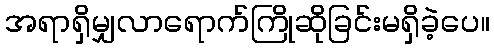
အရာရှိမျှလာရောက်ကြိုဆိုခြင်းမရှိခဲ့ပေ။